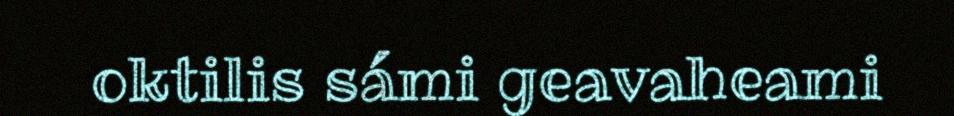
oktilis sámi geavaheami